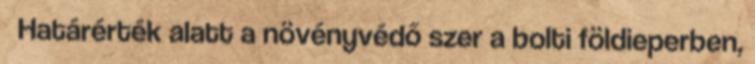
Határérték alatt a növényvédő szer a bolti földieperben,